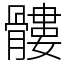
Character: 髏